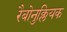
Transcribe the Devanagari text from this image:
रैबोनुक्लियक